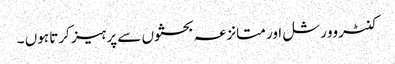
کنٹروورشل اور متانزعہ بحثوں سے پرہیز کرتا ہوں ۔